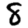
Digit: 8